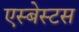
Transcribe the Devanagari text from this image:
एस्‍बेस्‍टस